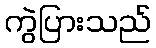
ကွဲပြားသည်